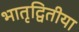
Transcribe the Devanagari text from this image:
भातृद्वितीया